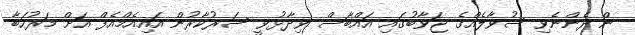
ން ދެންނެވި ސުވާލެއްގެ ޖަވާބުގައި އައްބާސް ވިދާޅުވީ ސަރުކާރުން އައިއެމްއެފް އަށް މަރުހަބާ